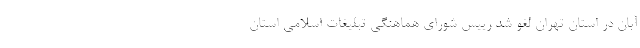
آبان در استان تهران لغو شد رییس شورای هماهنگی تبلیغات اسلامی استان